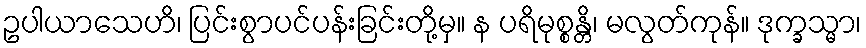
ဥပါယာသေဟိ၊ ပြင်းစွာပင်ပန်းခြင်းတို့မှ။ န ပရိမုစ္စန္တိ၊ မလွတ်ကုန်။ ဒုက္ခသ္မာ၊